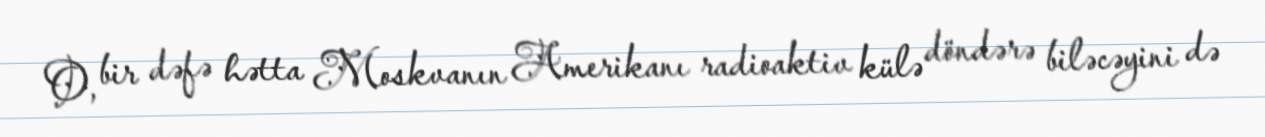
O, bir dəfə hətta Moskvanın Amerikanı radioaktiv külə döndərə biləcəyini də